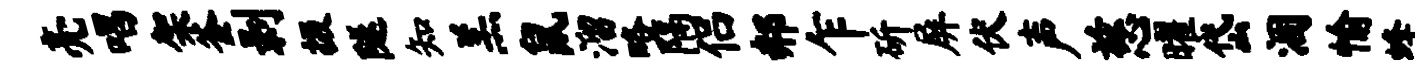
亮唱架釜剥掇隧知羔鼠溜略隔侣郝乍斫屏伏声慈曜岱涸愉蜂